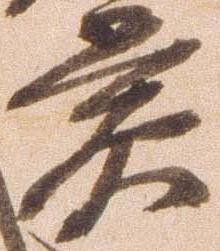
賞